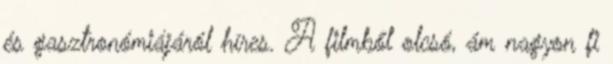
és gasztronómiájáról híres. A filmből olcsó, ám nagyon fi